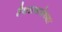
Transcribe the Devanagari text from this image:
हैदराबादेच्या